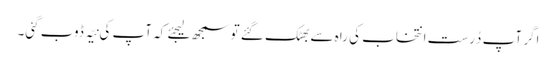
اگر آپ دُرست انتخاب کی راہ سے بھٹک گئے تو سمجھ لیجئے کہ آپ کی نیّہ ڈوب گئی۔